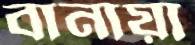
বানায়া